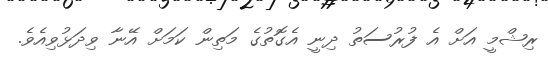
ރިޝްމީ އަށް އެ ފުރުސަތު ދިނީ އެގޮތުގެ މަތިން ކަމަށް އޭނާ ވިދަޅުވިއެވެ.